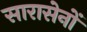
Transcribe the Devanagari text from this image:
सारासेनों